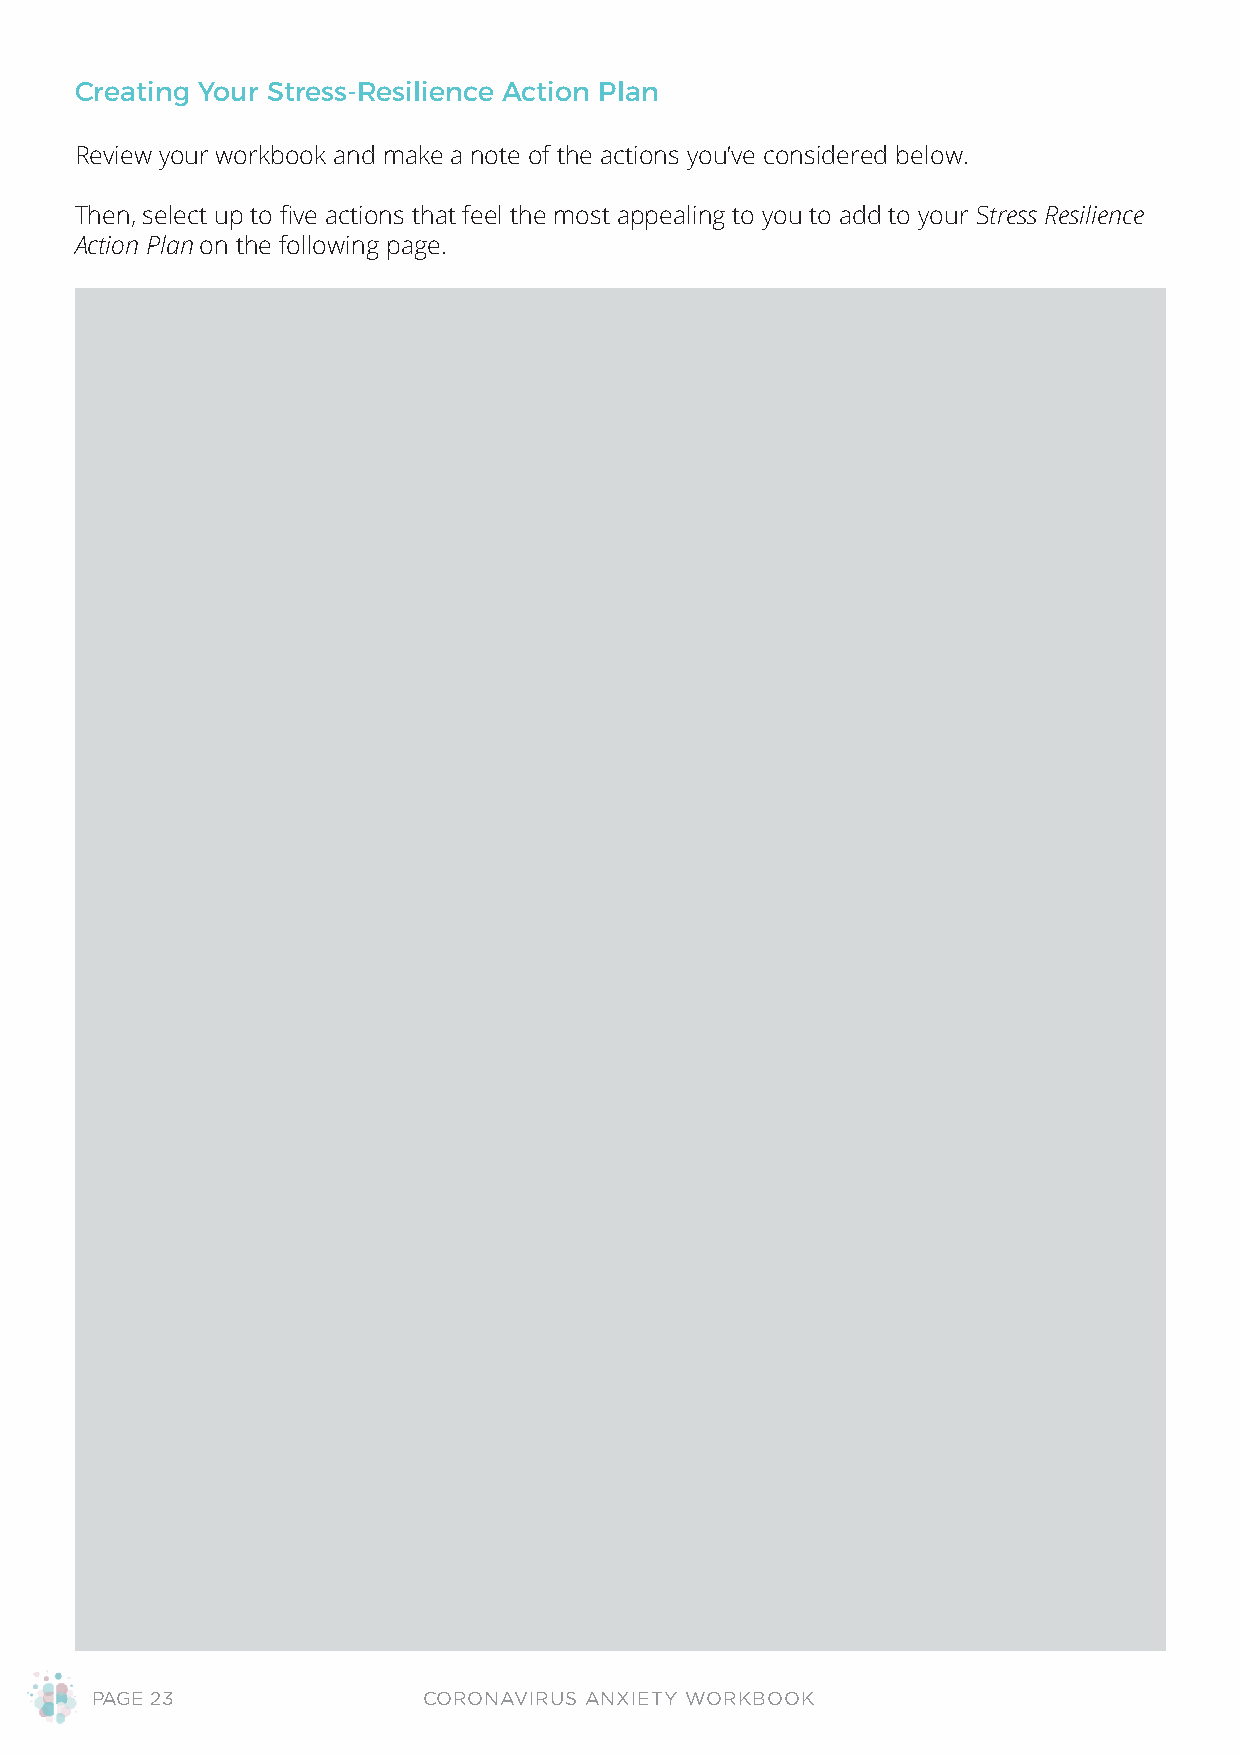
Creating Your Stress-Resilience Action Plan
 Review your workbook and make a note of the actions you’ve considered below.
 Then, select up to five actions that feel the most appealing to you to add to your Stress Resilience
 Action Plan on the following page.
 PAGE 23               CORONAVIRUS ANXIETY WORKBOOK